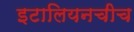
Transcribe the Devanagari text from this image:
इटालियनचीच